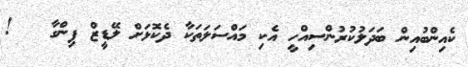
ކެއިންބުއިން ބަދަލުކުރުންސިއްހީ އެކި މައްސަލަތަކާ ދެކޮޅަށް ލޭޑީޒް ފިންގާ   !